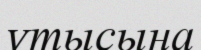
ұтысына